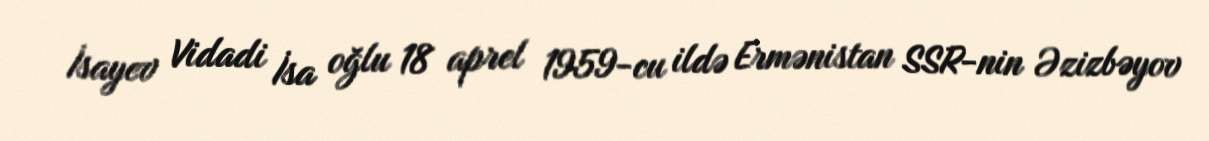
İsayev Vidadi İsa oğlu 18 aprel 1959-cu ildə Ermənistan SSR-nin Əzizbəyov